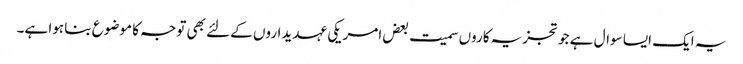
یہ ایک ایسا سوال ہے جو تجزیہ کاروں سمیت بعض امریکی عہدیداروں کے لئے بھی توجہ کا موضوع بنا ہوا ہے۔